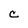
Character: C